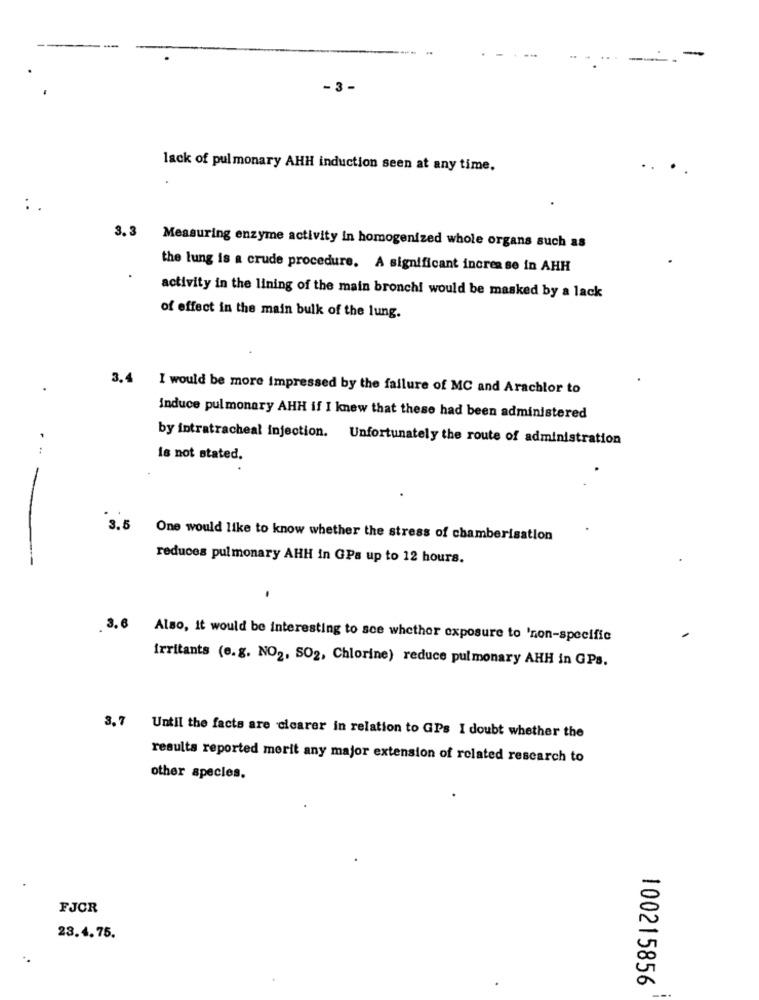
-
-3 -
lack of pulmonary AHH induction seen at any time.
..
:
3.3
Measuring enzyme activity in homogenized whole organs such as
the lung is a crude procedure. A significant increase in AHH
activity in the lining of the main bronchi would be masked by a lack
of effect in the main bulk of the lung.
3.4 I would be more impressed by the failure of MC and Arachlor to
induce pulmonary AHH if I knew that these had been administered
by intratracheal injection. Unfortunately the route of administration
Is not stated.
3.5
One would like to know whether the stress of chamberisation
reduces pulmonary AHH in GPa up to 12 hours.
3.6
Also, it would be interesting to see whether exposure to 'non-specific
irritants (e.g. NO2, SO2, Chlorine) reduce pulmonary AHH in GPs.
3, 7 Until the facts are cicarer in relation to GPs I doubt whether the
results reported merit any major extension of related research to
other species.
FJOR
23.4.75.
100215856